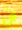
ان